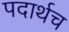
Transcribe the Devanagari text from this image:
पदार्थच